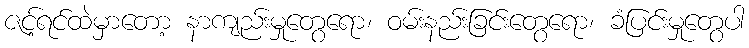
ဇင့်ရင်ထဲမှာတော့ နာကျည်းမှုတွေရော၊ ဝမ်းနည်းခြင်းတွေရော၊ ခံပြင်းမှုတွေပါ